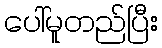
ပေါ်မူတည်ပြီး